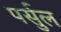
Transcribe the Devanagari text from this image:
पर्सुल